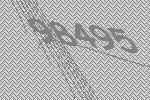
98495